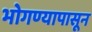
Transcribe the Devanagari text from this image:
भोगण्यापासून